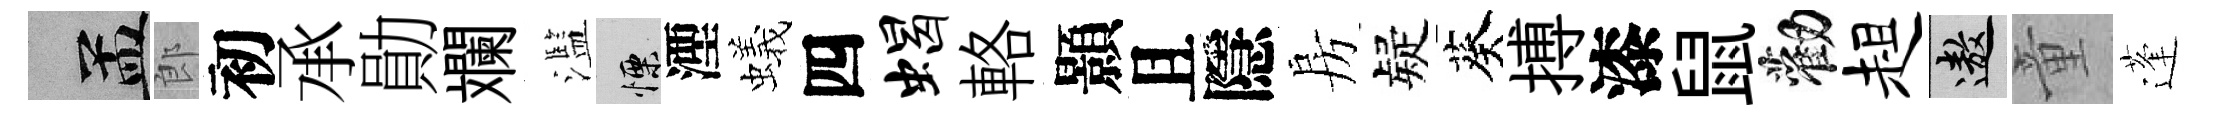
汴郎初承勛斕濫慄湮蟻四蝎輅顥且隱房疑葵搏漆鼠勸趄遨童蓬